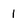
Character: 1